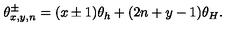
\theta _ { x , y , n } ^ { \pm } = ( x \pm 1 ) \theta _ { h } + ( 2 n + y - 1 ) \theta _ { H } .